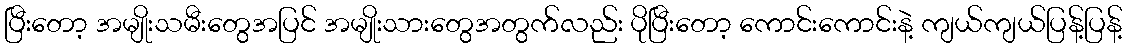
ပြီးတော့ အမျိုးသမီးတွေအပြင် အမျိုးသားတွေအတွက်လည်း ပိုပြီးတော့ ကောင်းကောင်းနဲ့ ကျယ်ကျယ်ပြန့်ပြန့်